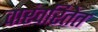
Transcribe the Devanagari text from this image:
वारंवरितेत